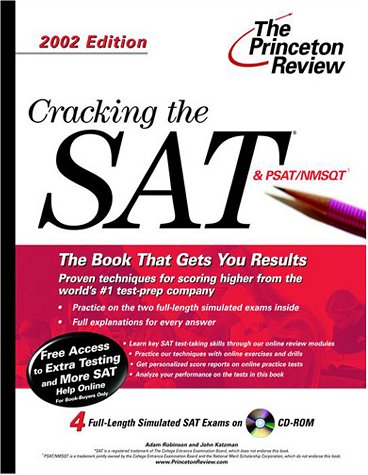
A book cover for Cracking the SAT with CD-ROM, 2002 Edition (Princeton Review: Cracking the SAT (w/DVD)); Adam Robinson; Test Preparation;